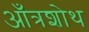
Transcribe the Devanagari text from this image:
आँत्रशोथ